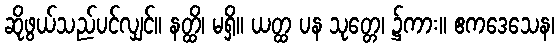
ဆိုဖွယ်သည်ပင်လျှင်။ နတ္ထိ၊ မရှိ။ ယတ္ထ ပန သုတ္တေ၊ ၌ကား။ ဧကဒေသေန၊